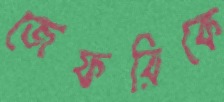
জেফরিকে